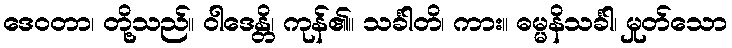
ဒေဝတာ၊ တို့သည်။ ဝါဒေန္တိ၊ ကုန်၏။ သင်္ခါတိ၊ ကား။ ဓမ္မနိသင်္ခါ၊ မှုတ်သော